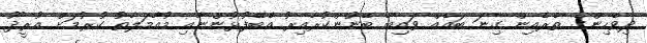
ދިވެހިންގެ ތެރެއިން ގިނަ ބައެއް ވައިބާ ބޭނުންކުރާއިރު އެބޭފުޅުންނާއި މުއާމަލާތު ކުރުމަށް އުރީދޫ